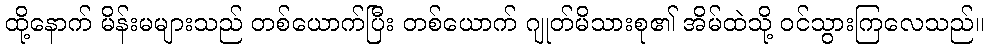
ထို့နောက် မိန်းမများသည် တစ်ယောက်ပြီး တစ်ယောက် ဂျုတ်မိသားစု၏ အိမ်ထဲသို့ ဝင်သွားကြလေသည်။